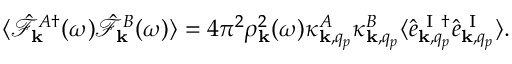
\begin{array} { r } { \langle \hat { \mathcal { F } } _ { { \bf k } } ^ { A \dagger } ( \omega ) \hat { \mathcal { F } } _ { { \bf k } } ^ { B } ( \omega ) \rangle = 4 \pi ^ { 2 } \rho _ { { \bf k } } ^ { 2 } ( \omega ) \kappa _ { { \bf k } , q _ { p } } ^ { A } \kappa _ { { \bf k } , q _ { p } } ^ { B } \langle \hat { e } _ { { \bf k } , q _ { p } } ^ { \mathrm { ~ I ~ } \dagger } \hat { e } _ { { \bf k } , q _ { p } } ^ { \mathrm { ~ I ~ } } \rangle . } \end{array}